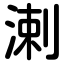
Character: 溂